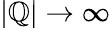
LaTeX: |\mathbb{Q}|\rightarrow\infty